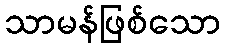
သာမန်ဖြစ်သော